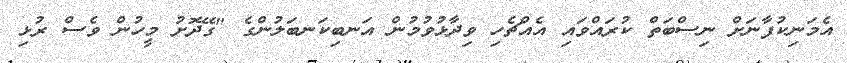
އެމަނިކުފާނަށް ނިސްބަތް ކުރައްވައި އެއްޗެހި ވިދާޅުވުމުން އަނބިކަނބަލުންގެ "ގޭދޮށު މީހުން ވެސް ރުޅި